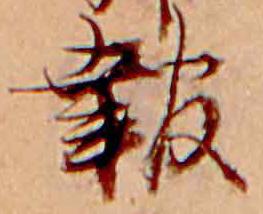
報